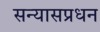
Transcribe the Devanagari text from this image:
सन्यासप्रधन